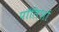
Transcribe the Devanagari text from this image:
पॉलिशों